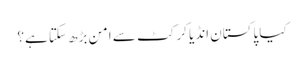
کیا پاکستان انڈیا کرکٹ سے امن بڑھ سکتا ہے؟